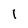
Character: 1